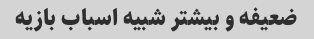
ضعیفه و بیشتر شبیه اسباب بازیه